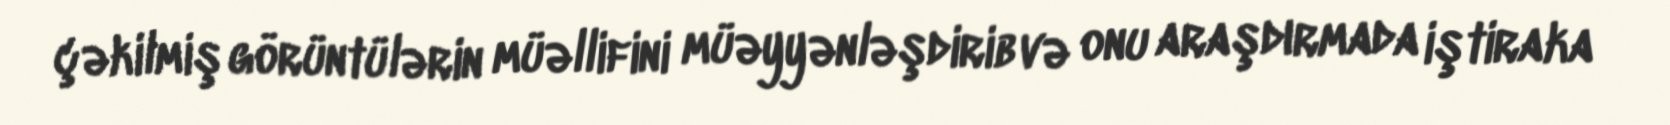
çəkilmiş görüntülərin müəllifini müəyyənləşdirib və onu araşdırmada iştiraka